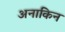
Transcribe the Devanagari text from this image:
अनाकिन